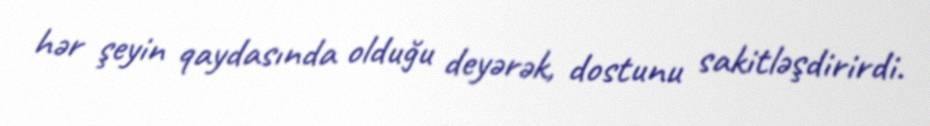
hər şeyin qaydasında olduğu deyərək, dostunu sakitləşdirirdi.